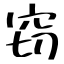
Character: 窃